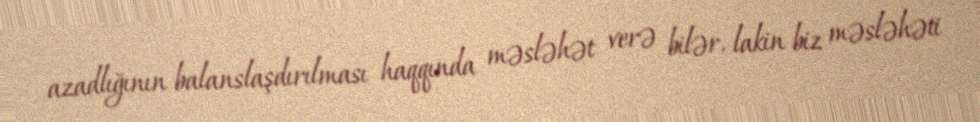
azadlığının balanslaşdırılması haqqında məsləhət verə bilər, lakin biz məsləhəti